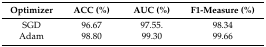
| Optimizer | ACC (%) | AUC (%) | F1-Measure (%) |
 | --- | --- | --- | --- |
 | SGD | 96.67 | 97.55. | 98.34 |
 | Adam | 98.80 | 99.30 | 99.66 |